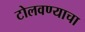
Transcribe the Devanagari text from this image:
टोलवण्याचा